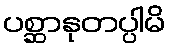
ပစ္ဆာနုတပ္ပါမိ